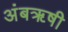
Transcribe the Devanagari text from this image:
अंबॠषी